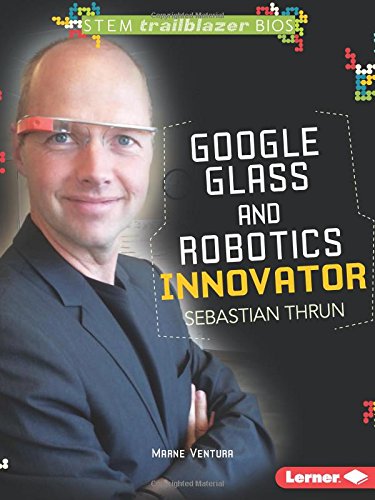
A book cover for Google Glass and Robotics Innovator Sebastian Thrun (Stem Trailblazer Bios); Marne Ventura; Children's Books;